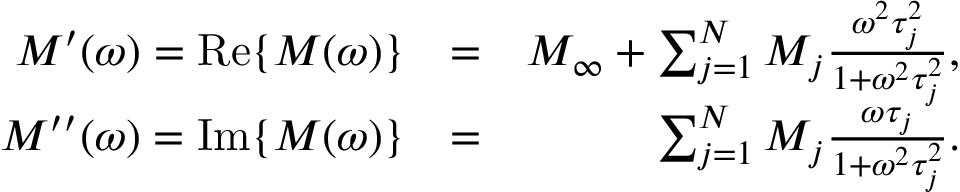
\begin{array} { r l r } { M ^ { \prime } ( \omega ) = \mathrm { R e } \{ M ( \omega ) \} } & { = } & { M _ { \infty } + \sum _ { j = 1 } ^ { N } M _ { j } \frac { \omega ^ { 2 } \tau _ { j } ^ { 2 } } { 1 + \omega ^ { 2 } \tau _ { j } ^ { 2 } } , } \\ { M ^ { \prime \prime } ( \omega ) = \mathrm { I m } \{ M ( \omega ) \} } & { = } & { \sum _ { j = 1 } ^ { N } M _ { j } \frac { \omega \tau _ { j } } { 1 + \omega ^ { 2 } \tau _ { j } ^ { 2 } } . } \end{array}